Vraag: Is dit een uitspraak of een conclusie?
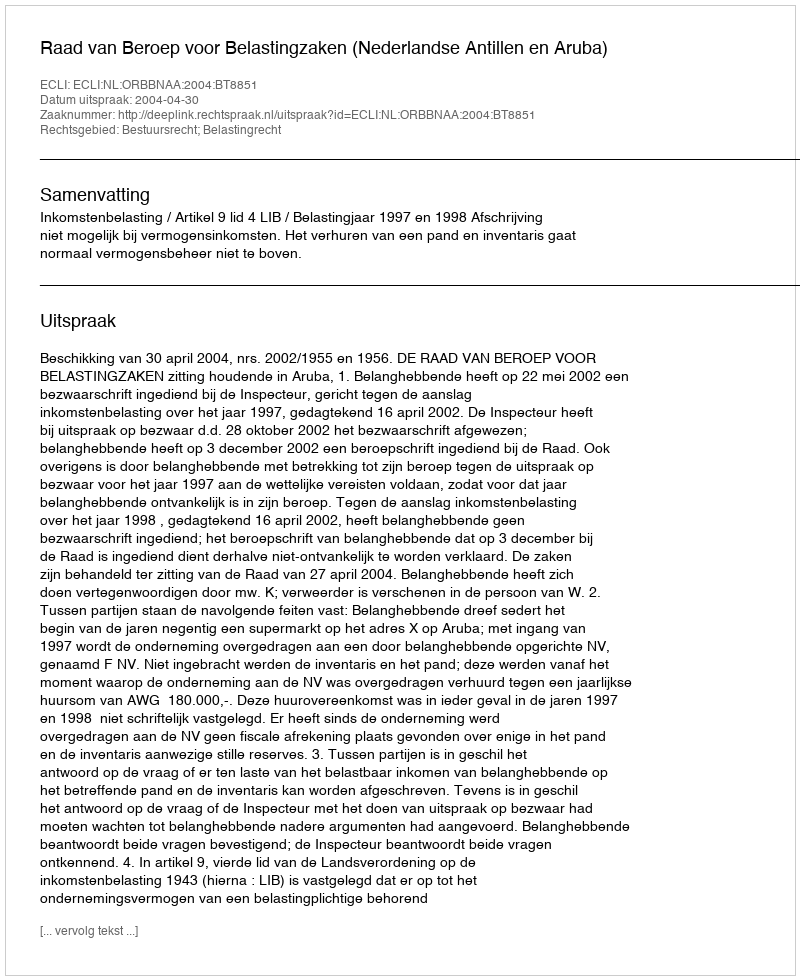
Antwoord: Uitspraak